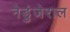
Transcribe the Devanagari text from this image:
नेडुंजेराल